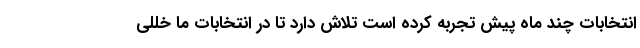
انتخابات چند ماه پیش تجربه کرده است تلاش دارد تا در انتخابات ما خللی